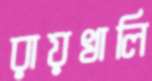
রায়খালি